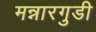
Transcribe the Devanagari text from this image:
मन्नारगुडी